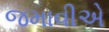
જમાવીએ